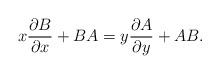
LaTeX: \begin{align*}x \frac{\partial B}{\partial x} + B A = y \frac{\partial A}{\partial y} + A B . \end{align*}